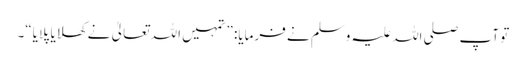
تو آپ صلی اللہ علیہ وسلم نے فرمایا: ”تمہیں اللہ تعالیٰ نے کھلایا پلایا“۔